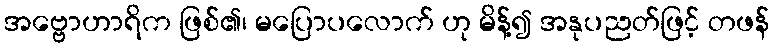
အဗ္ဗောဟာရိက ဖြစ်၏၊ မပြောပလောက် ဟု မိန့်၍ အနုပညတ်ဖြင့် တဖန်